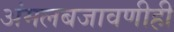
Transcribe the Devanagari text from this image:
अंमलबजावणीही